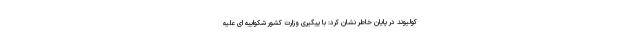
کولیوند در پایان خاطر نشان کرد: با پیگیری وزارت کشور شکواییه ای علیه